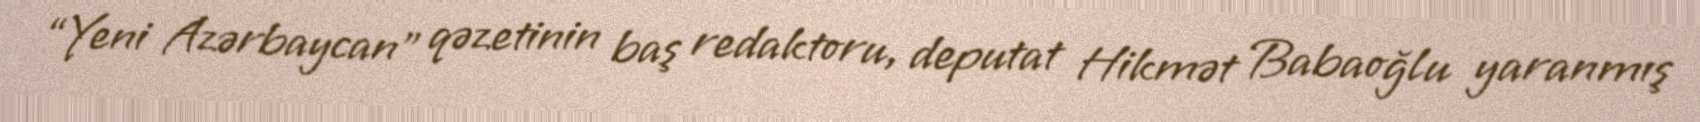
“Yeni Azərbaycan” qəzetinin baş redaktoru, deputat Hikmət Babaoğlu yaranmış